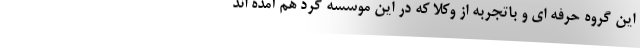
این گروه حرفه ای و باتجربه از وکلا که در این موسسه گرد هم آمده اند